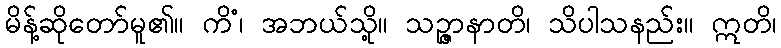
မိန့်ဆိုတော်မူ၏။ ကိံ၊ အဘယ်သို့။ သဉ္ဇာနာတိ၊ သိပါသနည်း။ ဣတိ၊